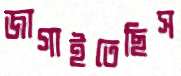
জাগাইতেছিস